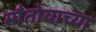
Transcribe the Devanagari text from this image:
माँतोयाच्या